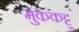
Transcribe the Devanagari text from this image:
मुककट्टू